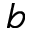
b